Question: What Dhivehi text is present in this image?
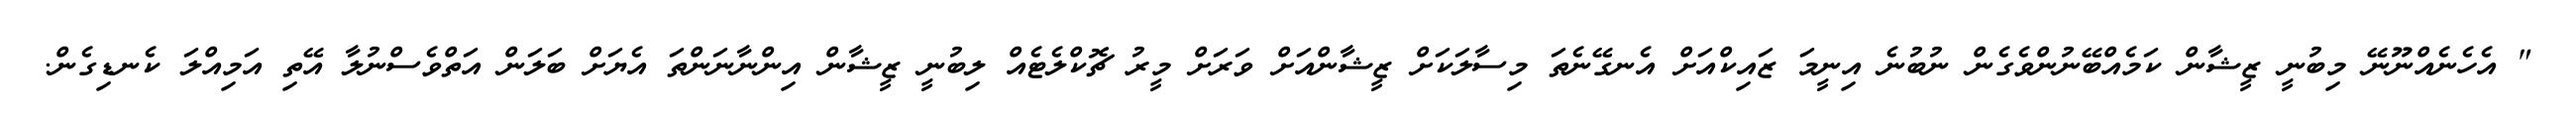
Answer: " އެހެނެއްނޫނޭ މިބުނީ ޒީޝާން ކަމެއްބޭނުންވެގެން ނުބުނެ އިނީމަ ޒައިކްއަށް އެނގޭނެތަ މިސާލަކަށް ޒީޝާންއަށް ވަރަށް މީރު ޗޮކްލެޓެއް ލިބުނީ ޒީޝާން އިންނާނަންތަ އެޔަށް ބަލަން އަތްވެސްނުލާ އޭތި އަމިއްލަ ކެނޑިގެން.